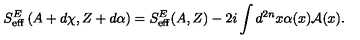
S _ { \mathrm { e f f } } ^ { E } \left( A + d \chi , Z + d \alpha \right) = S _ { \mathrm { e f f } } ^ { E } ( A , Z ) - 2 i \int d ^ { 2 n } x \alpha ( x ) { \mathcal A } ( x ) .